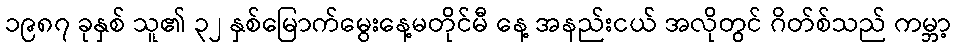
၁၉၈၇ ခုနှစ် သူ၏ ၃၂ နှစ်မြောက်မွေးနေ့မတိုင်မီ နေ့ အနည်းငယ် အလိုတွင် ဂိတ်စ်သည် ကမ္ဘာ့